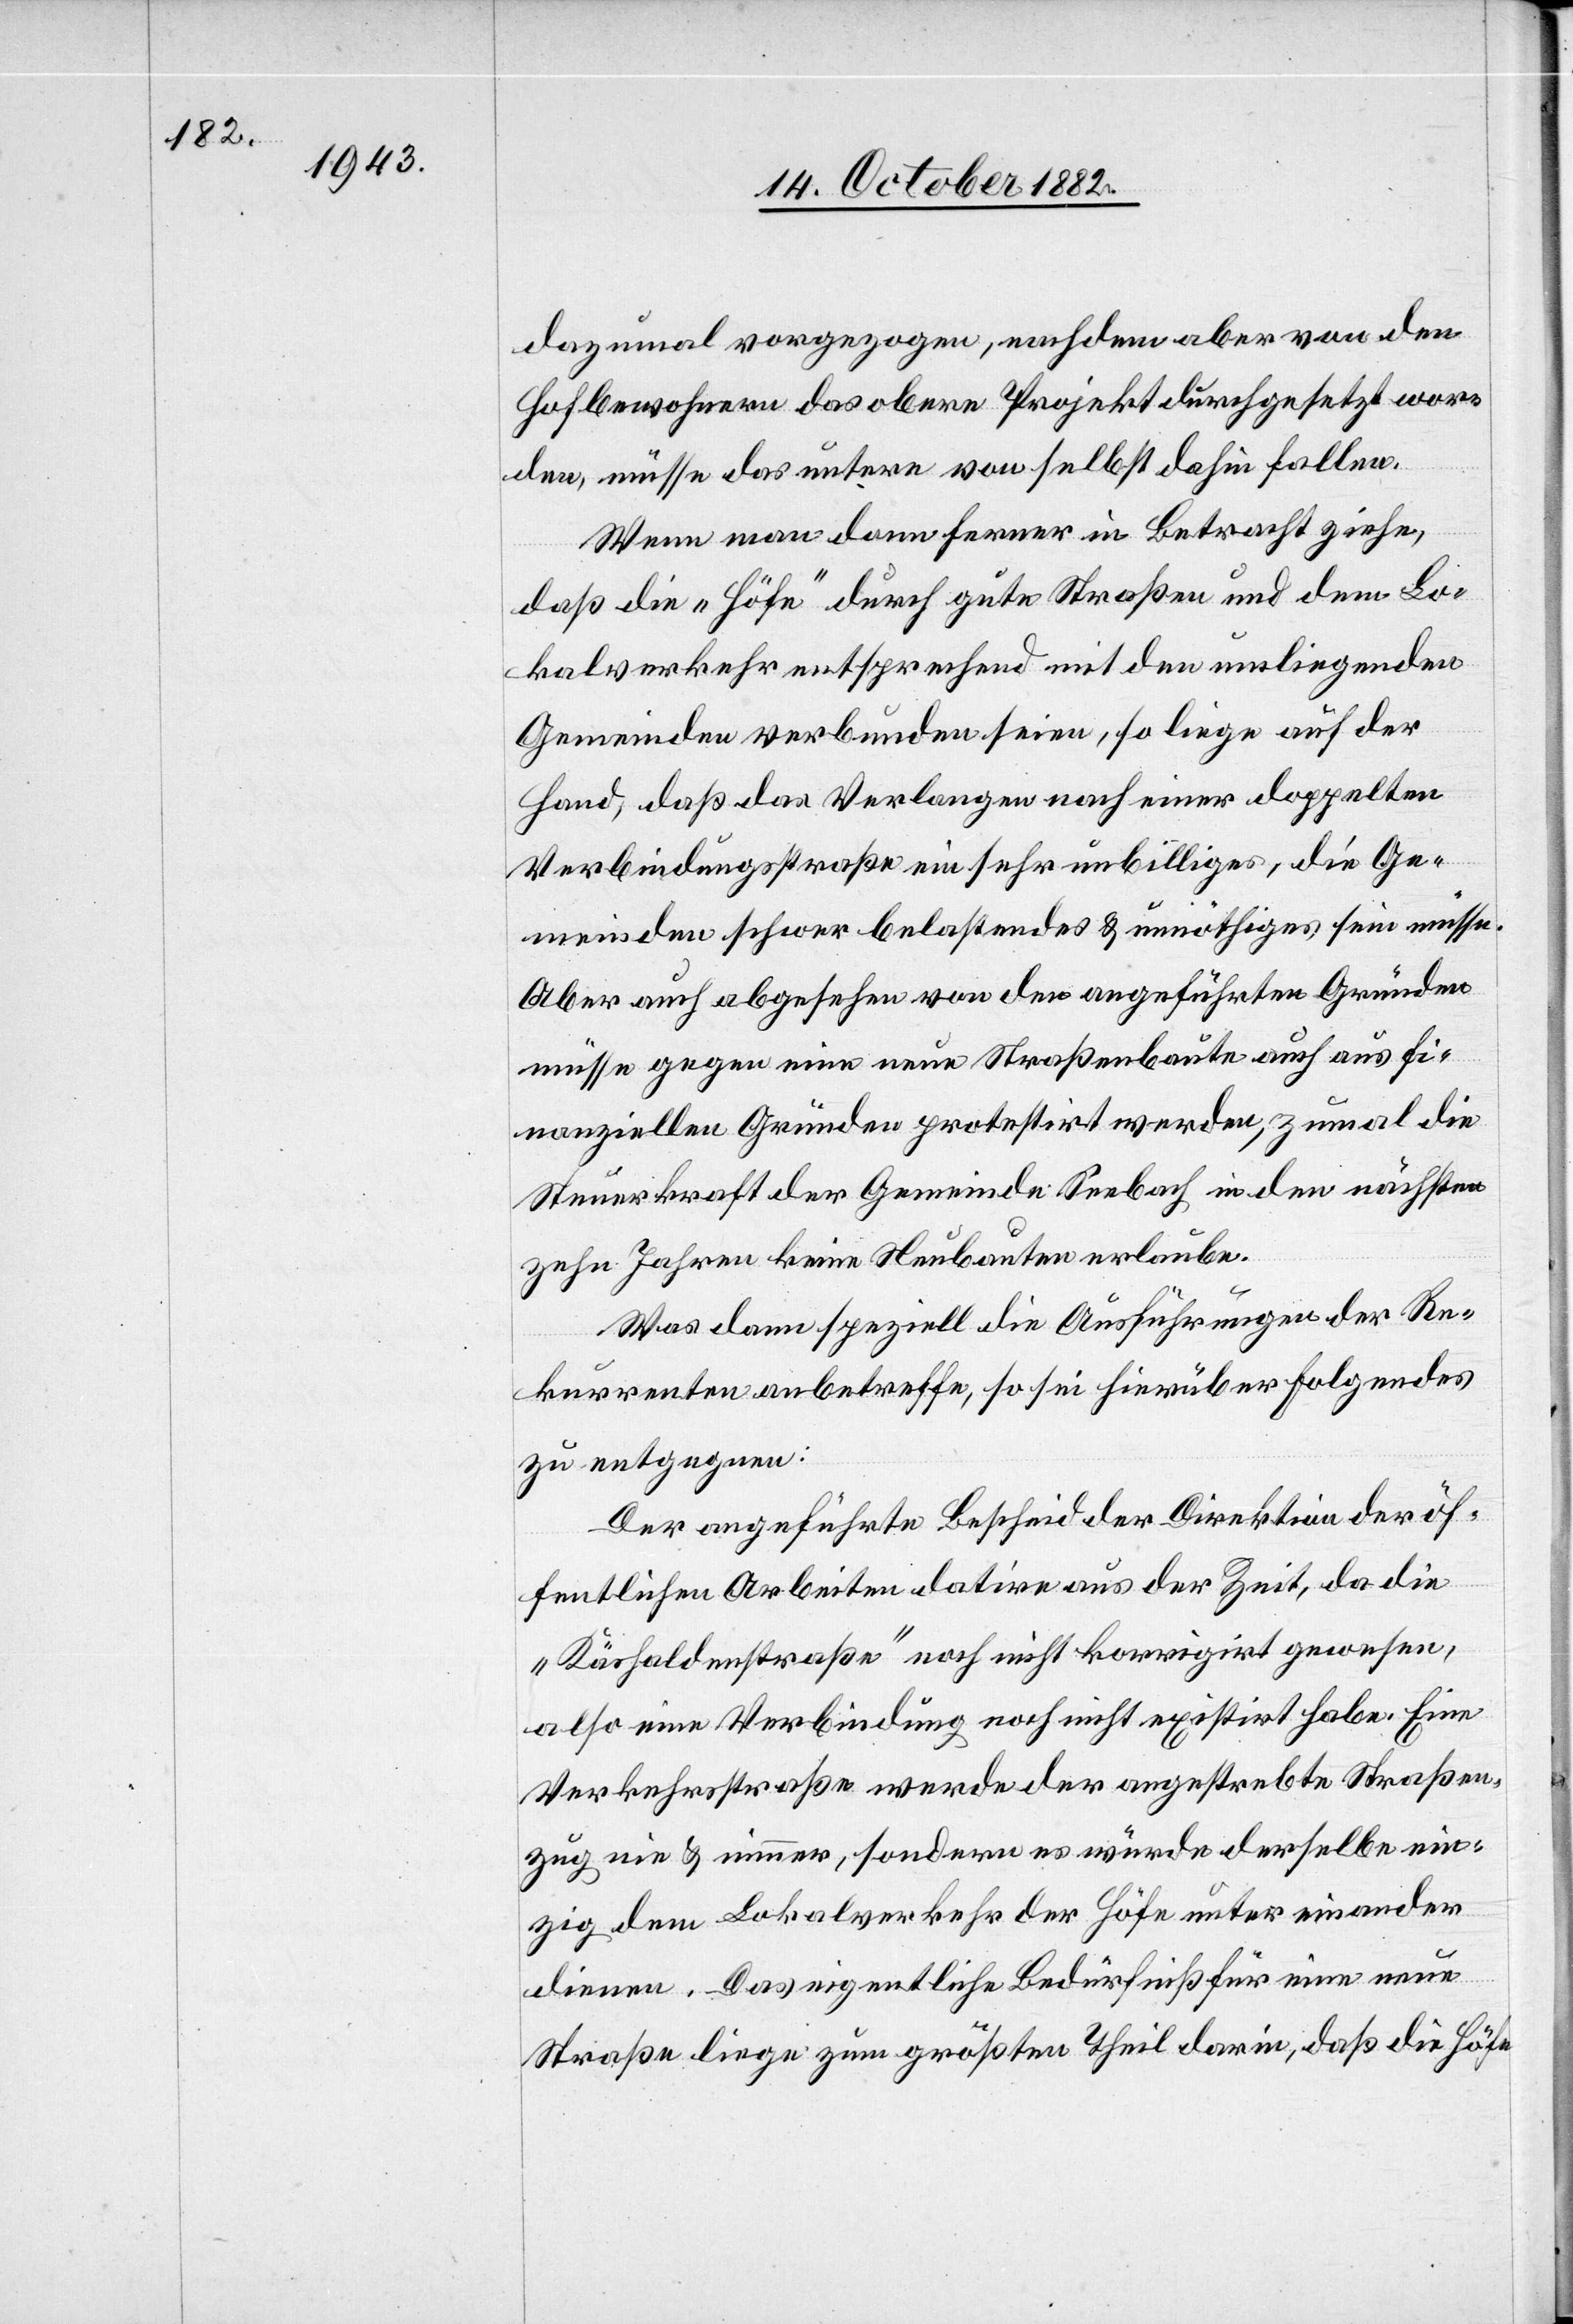
dazumal vorgezogen, nachdem aber von den
Hofbewohnern das obere Projekt durchgesetzt wor¬
den, müsse das untere von selbst dahin fallen.
Wenn man dann ferner in Betracht ziehe,
daß die „Höfe“ durch gute Straßen und dem Lo¬
kalverkehr entsprechend mit den umliegenden
Gemeinden verbunden seien, so liege auf der
Hand, daß das Verlangen nach einer doppelten
Verbindungsstraße ein sehr unbilliges, die Ge¬
meinde schwer belastendes & unnöthiges sein müsse.
Aber auch abgesehen von den angeführten Gründen
müsse gegen eine neue Straßenbaute auch aus fi¬
nanziellen Gründen protestirt werden, zumal die
Steuerkraft der Gemeinde Seebach in den nächsten
zehn Jahren keine Neubauten erlaube.
Was dann speziell die Ausführungen der Re¬
kurrenten anbetreffe, so sei hierüber Folgendes
zu entgegnen:
Der angeführte Bescheid der Direktion der öf¬
fentlichen Arbeiten datire aus der Zeit, da die
„Käshaldenstraße“ noch nicht korrigirt gewesen,
also eine Verbindung noch nicht existirt habe. Eine
Verkehrsstraße werde der angestrebte Straßen¬
zug nie & nimmer, sondern es würde derselbe ein¬
zig dem Lokalverkehr der Höfe unter einander
dienen. Das eigentliche Bedürfniß für eine neue
Straße liege zum größten Theil darin, daß die Höfe